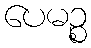
ပေမဉ္စ